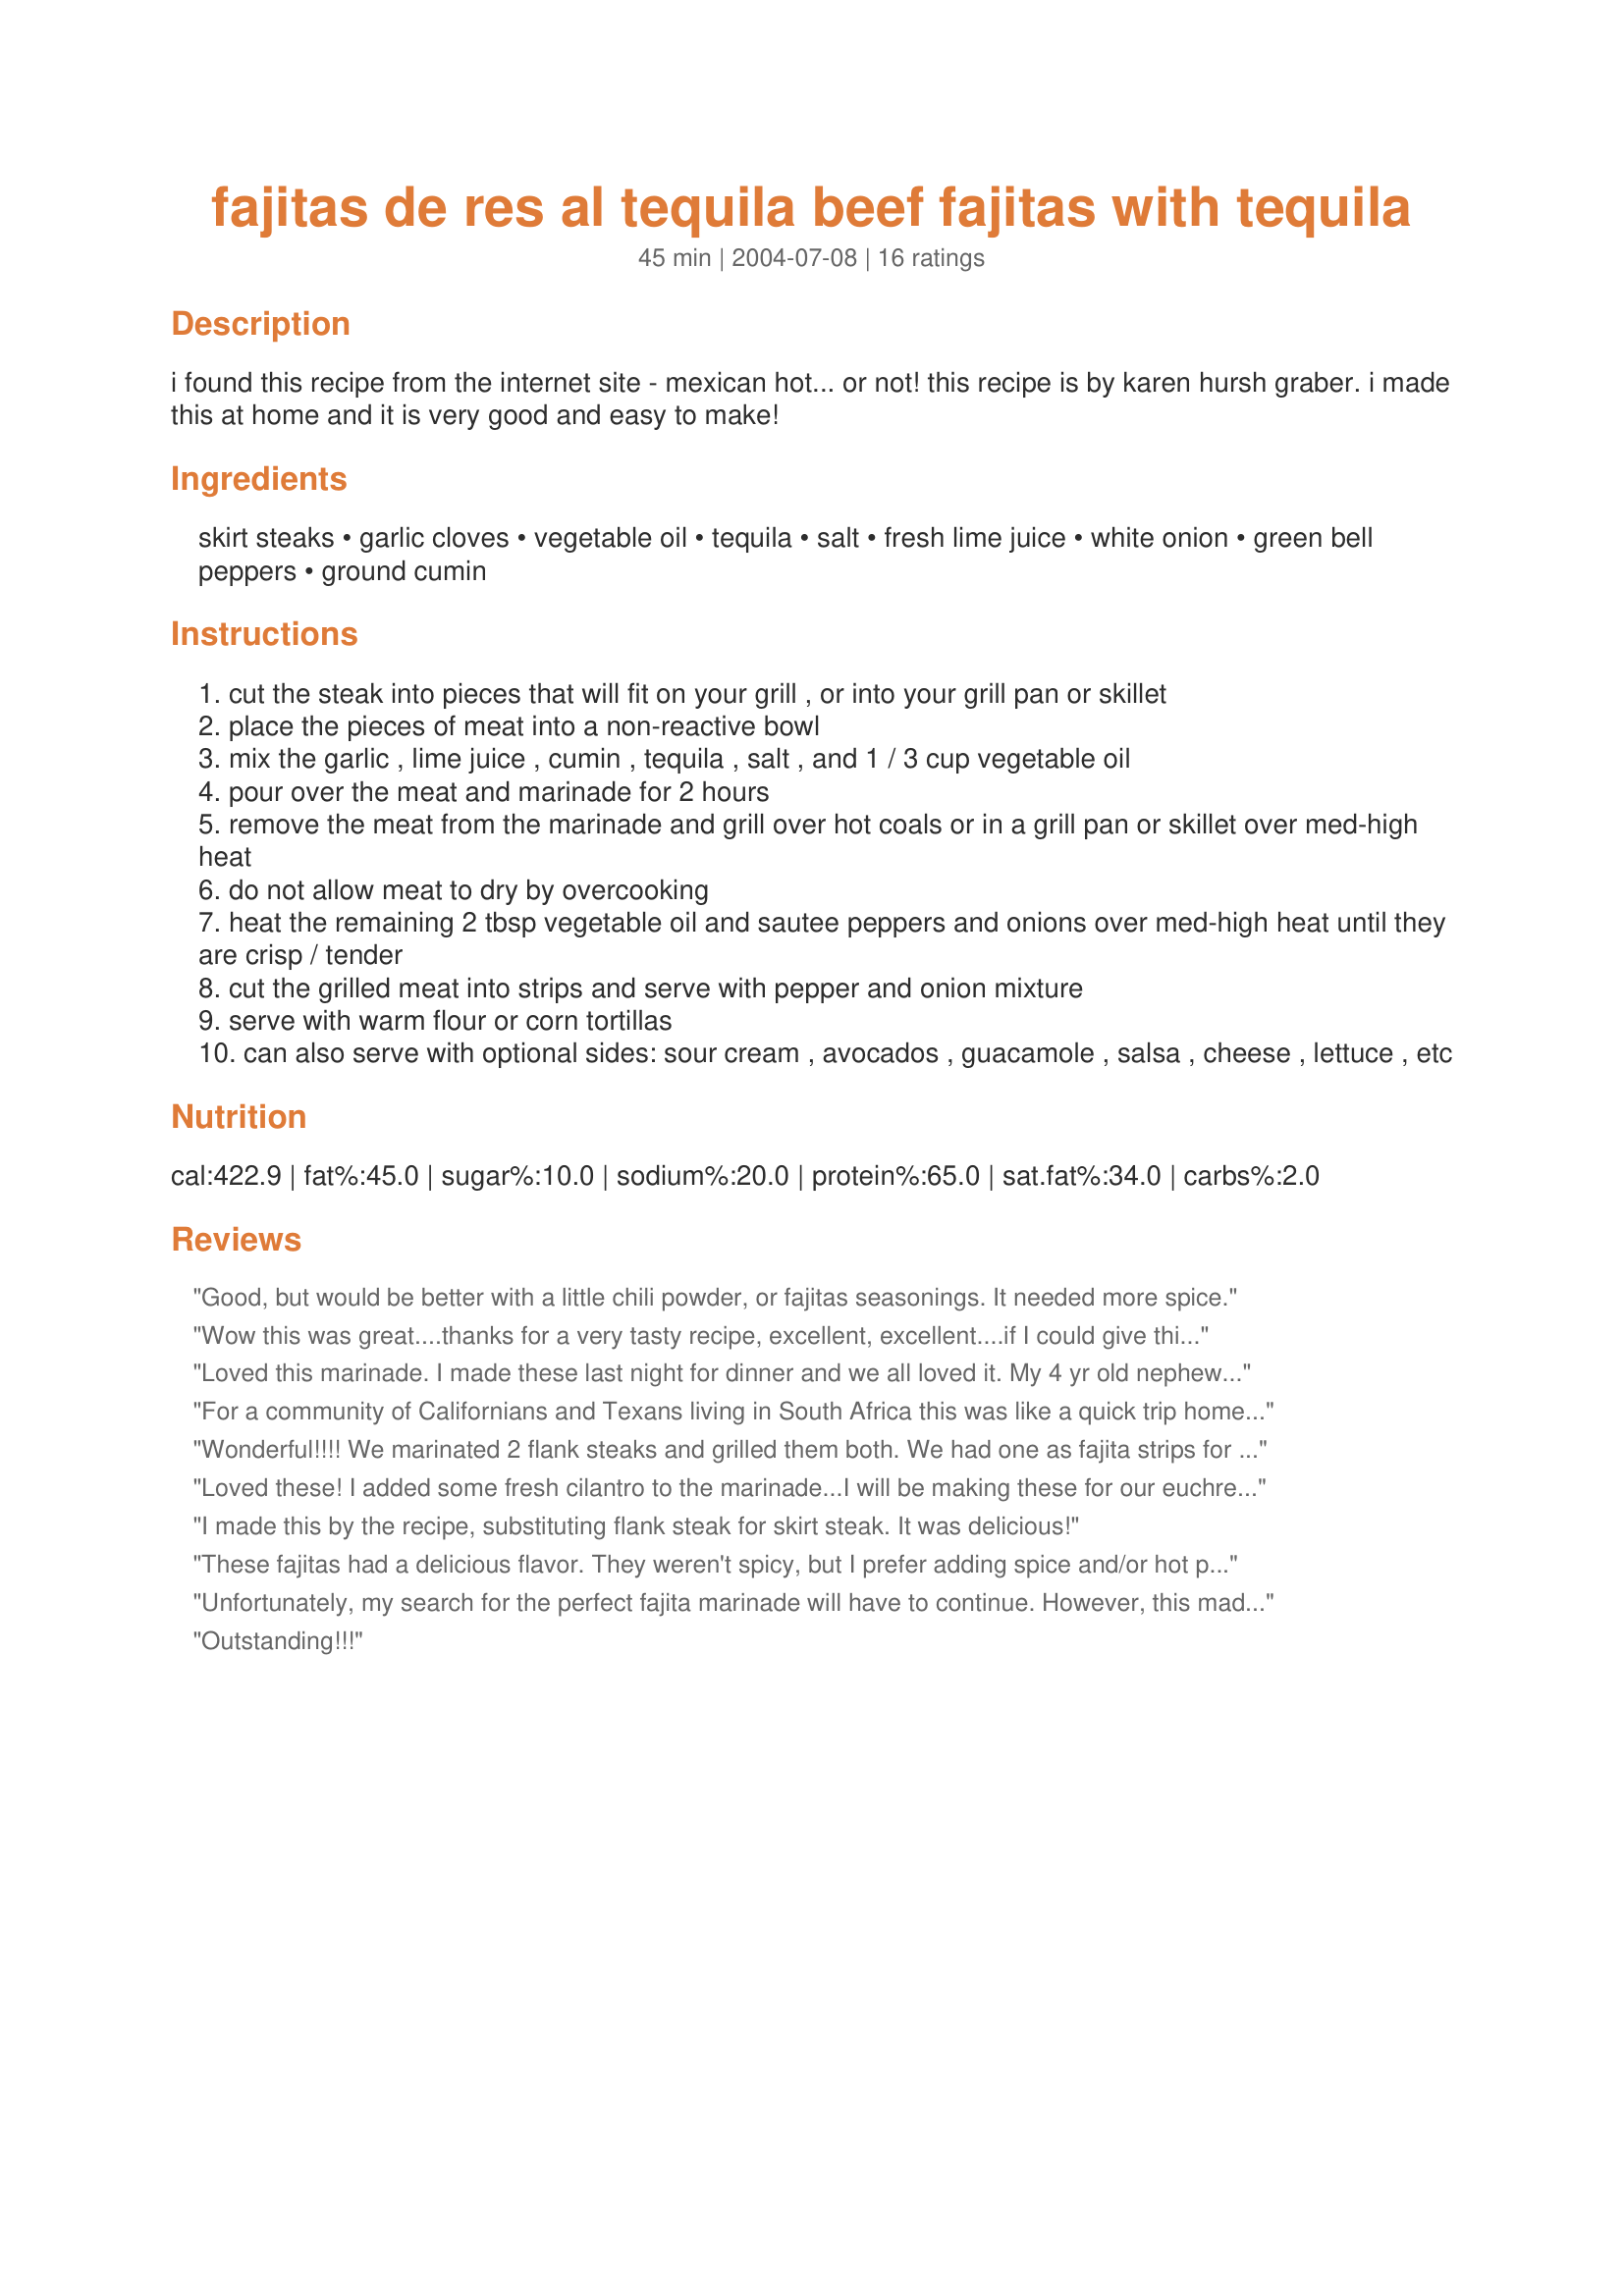
fajitas de res al tequila beef fajitas with tequila
Preparation time: 45 minutes

i found this recipe from the internet site - mexican hot... or not! this recipe is by karen hursh graber. i made this at home and it is very good and easy to make!

Ingredients:
skirt steaks, garlic cloves, vegetable oil, tequila, salt, fresh lime juice, white onion, green bell peppers, ground cumin

Steps:
cut the steak into pieces that will fit on your grill , or into your grill pan or skillet
place the pieces of meat into a non-reactive bowl
mix the garlic , lime juice , cumin , tequila , salt , and 1 / 3 cup vegetable oil
pour over the meat and marinade for 2 hours
remove the meat from the marinade and grill over hot coals or in a grill pan or skillet over med-high heat
do not allow meat to dry by overcooking
heat the remaining 2 tbsp vegetable oil and sautee peppers and onions over med-high heat until they are crisp / tender
cut the grilled meat into strips and serve with pepper and onion mixture
serve with warm flour or corn tortillas
can also serve with optional sides: sour cream , avocados , guacamole , salsa , cheese , lettuce , etc

Reviews:
Good, but would be better with a little chili powder, or fajitas seasonings. It needed more spice.
Wow this was great....thanks for a very tasty recipe, excellent, excellent....if I could give this 10 stars I would....definitely a keeper.
Loved this marinade. I made these last night for dinner and we all loved it. My 4 yr old nephew said they were the best "tacos" hes ever had! LOL I will continue to use your recipe, we love fajitas and this has a flavorful marinade that makes the dish. Thank you for sharing.
For a community of Californians and Texans living in South Africa this was like a quick trip home. The marinade was fantastic for beef and chicken. We will use this recipe from now on. Wonderful!
Wonderful!!!! We marinated 2 flank steaks and grilled them both. We had one as fajita strips for dinner and froze the second. I used red and green peppers, flour tortillas and served with pico de gallo. We cannot wait to get to that frozen steak now. We were nibbling the steak strips as we were carving. DELICIOUS!!!
Loved these! I added some fresh cilantro to the marinade...I will be making these for our euchre bbq.
I made this by the recipe, substituting flank steak for skirt steak. It was delicious!
These fajitas had a delicious flavor. They weren't spicy, but I prefer adding spice and/or hot peppers to the fajitas as a topping anyway. The marinade made them pretty tasty anyway. Thanks!
Unfortunately, my search for the perfect fajita marinade will have to continue. However, this made a very delicious meal. The meat was very tender. I used my grill pan to cook the peppers and onions and I think this was better than sauteeing them in a normal pan. I didn't have fresh limes, and I ran out of bottled lime juice so used half lime and half lemon. I also made the meat a day in advance, and then reheated it in the pan after I cooked the onions and peppers. I actually think the flavour improved the second day. Fresh limes probably would've improved this a lot, but I doubt it would've made 5-star territory as I am VERY picky about my fajitas!
Outstanding!!!
Very Good! The marinade resulted in very juicy steak as compared to our usual fajitas where we don't use any marinade! But the flavor could have been a little more intense....next time I will add a jalepeno or a chipotle pepper and use a slightly higher quality tequila! Thanks for posting!
The most delicious Fajitas we have ever had!! We will be making these again and often, what a great way to use Flank steak. The marinade of garlic, cumin, lime and tequila is sensational and makes the steak sooo tender, it's melt in your mouth and the taste is out of this world. And the onion and green pepper just adds to the deliciousness. (I did add salt and pepper to the onions and green pepper, also added one thinly sliced jalepino pepper.) Thanks for sharing this great taste treat!
I like my fajitas with a little more heat and/or spice, so I should have taken some of the advice and added a jalapeno. With some tweeking, this will be a wonderful "go to" dish.
This was absolutely great. I used red bell peppers instead of green (they are so delicious and sweet here in Spain) and tenera (veal) as flank steak is not an available cut of meat on the Spanish coast. I served it at my wine and tapas party and my British friends were truly amazed by this dish as this is a rare food in their native Yorkshire. I thought I cooled to much but it all went as they went back for thirds and fourths. Thanks so much for posting this recipe.
I used a combination of sirloin and chicken breast and added 1 tsp of chili powder. Fantastic!
Nothing incredible about this recipie. I probably won't make it again.
